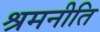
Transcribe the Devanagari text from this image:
श्रमनीति